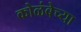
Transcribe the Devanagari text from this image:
कोळंबेच्या